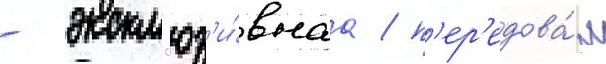
- экскл'юз'и́внаа / п'ер'едова́я